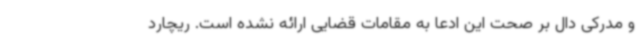
و مدرکی دال بر صحت این ادعا به مقامات قضایی ارائه نشده است. ریچارد